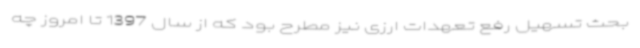
بحث تسهیل رفع تعهدات ارزی نیز مطرح بود که از سال 1397 تا امروز چه